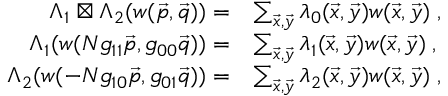
\begin{array} { r l } { \Lambda _ { 1 } \boxtimes \Lambda _ { 2 } ( w ( \vec { p } , \vec { q } ) ) = } & { \sum _ { \vec { x } , \vec { y } } \lambda _ { 0 } ( \vec { x } , \vec { y } ) w ( \vec { x } , \vec { y } ) \; , } \\ { \Lambda _ { 1 } ( w ( N g _ { 1 1 } \vec { p } , g _ { 0 0 } \vec { q } ) ) = } & { \sum _ { \vec { x } , \vec { y } } \lambda _ { 1 } ( \vec { x } , \vec { y } ) w ( \vec { x } , \vec { y } ) \; , } \\ { \Lambda _ { 2 } ( w ( - N g _ { 1 0 } \vec { p } , g _ { 0 1 } \vec { q } ) ) = } & { \sum _ { \vec { x } , \vec { y } } \lambda _ { 2 } ( \vec { x } , \vec { y } ) w ( \vec { x } , \vec { y } ) \; , } \end{array}